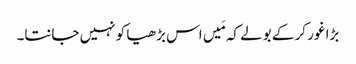
بڑا غور کر کے بولے کہ مَیں اس بڑھیا کو نہیں جانتا۔